Leaving Certificate Examination, 1907
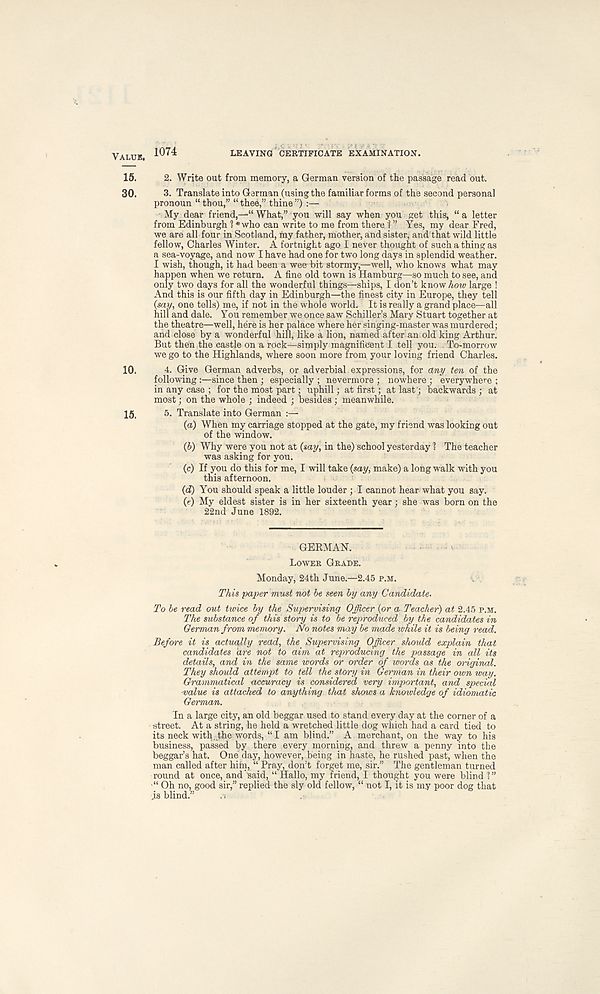
VALUE,
1074
LEAVING CERTIFICATE EXAMINATION.
15.
2. Write out from memory, a German version of the passage read but.
30.
3. Translate into German (using the familiar forms of the second personal
pronoun “ thou,” “ thee,” thine ”) :—
My dear friend,—“ What,” you will say when you get this, “a letter
from Edinburgh 1 *who can write to me from there I ” Yes, my dear Fred,
we are all four in Scotland, my father, mother, and sister, and that wild little
fellow, Charles Winter. A fortnight ago I never thought of such a thing as
a sea-voyage, and now I have had one for two long days in splendid weather.
I wish, though, it had been a wee bit stormy,—well, who knows what may
happen when we return. A fine old town is Hamburg—so much to see, and
only two days for all the wonderful things—ships, I don’t know how large !
And this is our fifth day in Edinburgh—the finest city in Europe, they tell
(say, one tells) me, if not in the whole world. It is really a grand place—all
hill and dale. You remember we once saw Schiller’s Mary Stuart together at
the theatre—well, here is her palace where her singing-master was murdered;
and close by a wonderful hill, like a lion, named after an old king Arthur.
But then the castle on a rock—simply magnificent I tell you. To-morrow
we go to the Highlands, where soon more from your loving friend Charles.
10.
4. Give German adverbs, or adverbial expressions, for any ten of the
following :—since then ; especially ; nevermore ; nowhere ; everywhere ;
in any case ; for the most part; uphill; at first; at last'; backwards ; at
most; on the whole ; indeed ; besides ; meanwhile.
15.
5. Translate into German :—
(a) When my carriage stopped at the gate, my friend was looking out
of the window.
(5) Why were you not at (say, in the) school yesterday I The teacher
was asking for you.
(c) If you do this for me, I will take (say, make) a long walk with you
this afternoon.
(d) You should speak a little louder ; I cannot hear what you say.
(e) My eldest sister is in her sixteenth year; she was born on the
22nd June 1892.
GEEMAN.
LOWER GRADE.
Monday, 24th June.—2.45 P.M.
This paper must not be seen by any Candidate.
To be read out twice by the Supervising Officer (or a Teacher) at 2.45 P.M.
The substance of this story is to be reproduced by the candidates in
German from memory. No notes may be made while it is being read.
Before it is actually read, the Supervising Officer should explain that
candidates are not to aim at reproducing the passage in all its
details, and in the same words or order of words as the original.
They should attempt to tell the story in German in their own way.
Grammatical accuracy is considered very important, and special
-value is attacked to anything that shows a knowledge of idiomatic
German.
In a large city, an old beggar used to stand every day at the corner of a
street. At a string, he held a wretched little dog which had a card tied to
its neck with, the words, “I am blind.” A merchant, on the way to his
business, passed by there every morning, and threw a penny into the
beggar’s hat. One day, however, being in haste, he rushed past, when the
man called after him, “ Pray, don’t forget me, sir.” The gentleman turned
round at once, and said, “ Hallo, my friend, I thought you were blind 1”
•“ Oh no, good sir,” replied the sly old fellow, “ not I, it is my poor dog that
js blind.”